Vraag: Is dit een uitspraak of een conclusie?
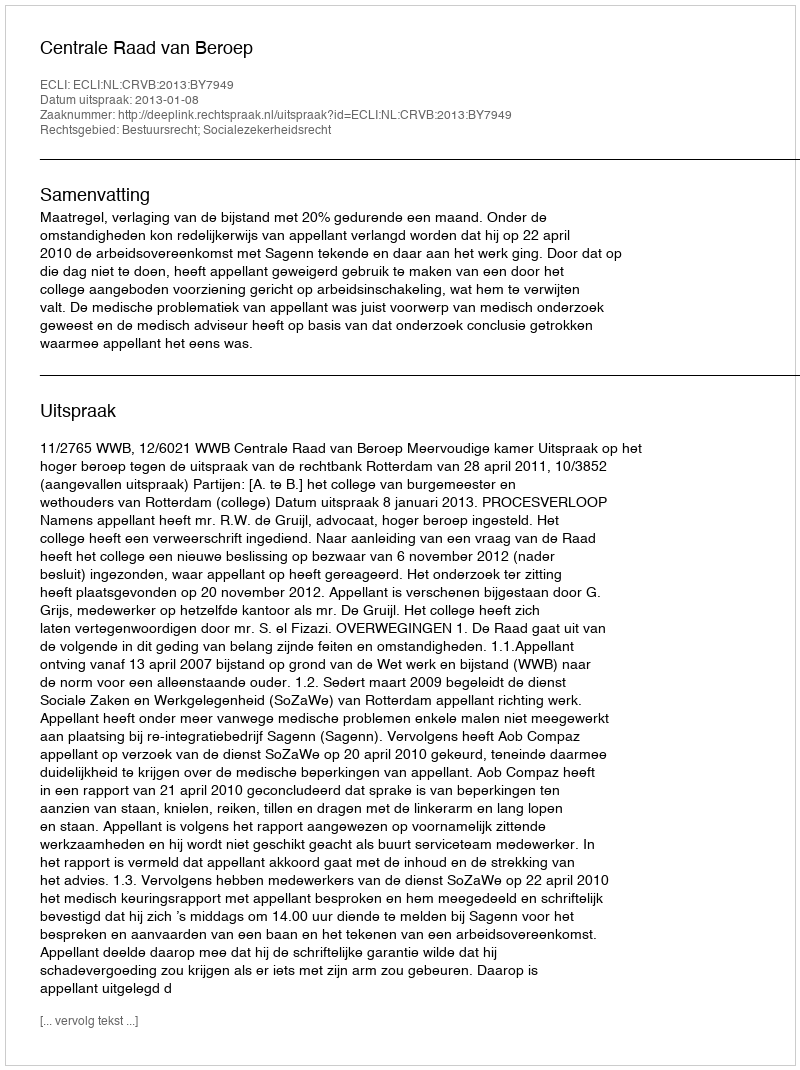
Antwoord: Uitspraak